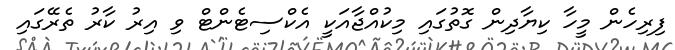
ފިރިހެން މީހާ ކިޔާދިން ގޮތުގައި މިކުއްޖާއަކީ އެކްސިޓެންޓް ވި އިރު ކާރު ތެރޭގައި